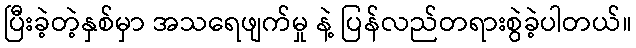
ပြီးခဲ့တဲ့နှစ်မှာ အသရေဖျက်မှု နဲ့ ပြန်လည်တရားစွဲခဲ့ပါတယ်။